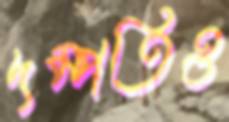
দম্পতিও